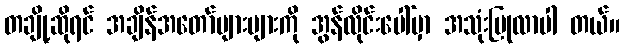
တချို့ဆိုရင် အချိန်အတော်များများကို အွန်လိုင်းပေါ်မှာ အသုံးပြုလာပါ တယ်။